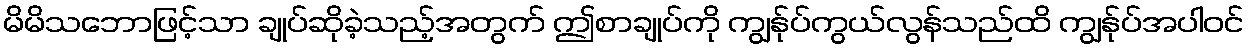
မိမိသဘောဖြင့်သာ ချုပ်ဆိုခဲ့သည့်အတွက် ဤစာချုပ်ကို ကျွန်ုပ်ကွယ်လွန်သည်ထိ ကျွန်ုပ်အပါဝင်